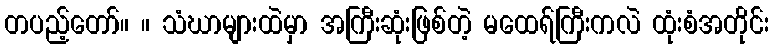
တပည့်တော်။ ။ သံဃာများထဲမှာ အကြီးဆုံးဖြစ်တဲ့ မထေရ်ကြီးကလဲ ထုံးစံအတိုင်း